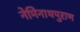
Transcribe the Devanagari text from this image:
नेमिनाथपुराण